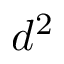
d ^ { 2 }